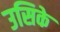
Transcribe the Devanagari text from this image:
उसिके